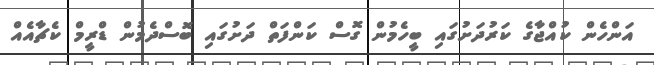
އަންހެން ކުއްޖާގެ ކަރުދަށުގައި ބީހެމުން ގޮސް ކަންފަތް ދަށުގައި ބޮސްދެމުން ޑްރީމް ކެޗާއެއް